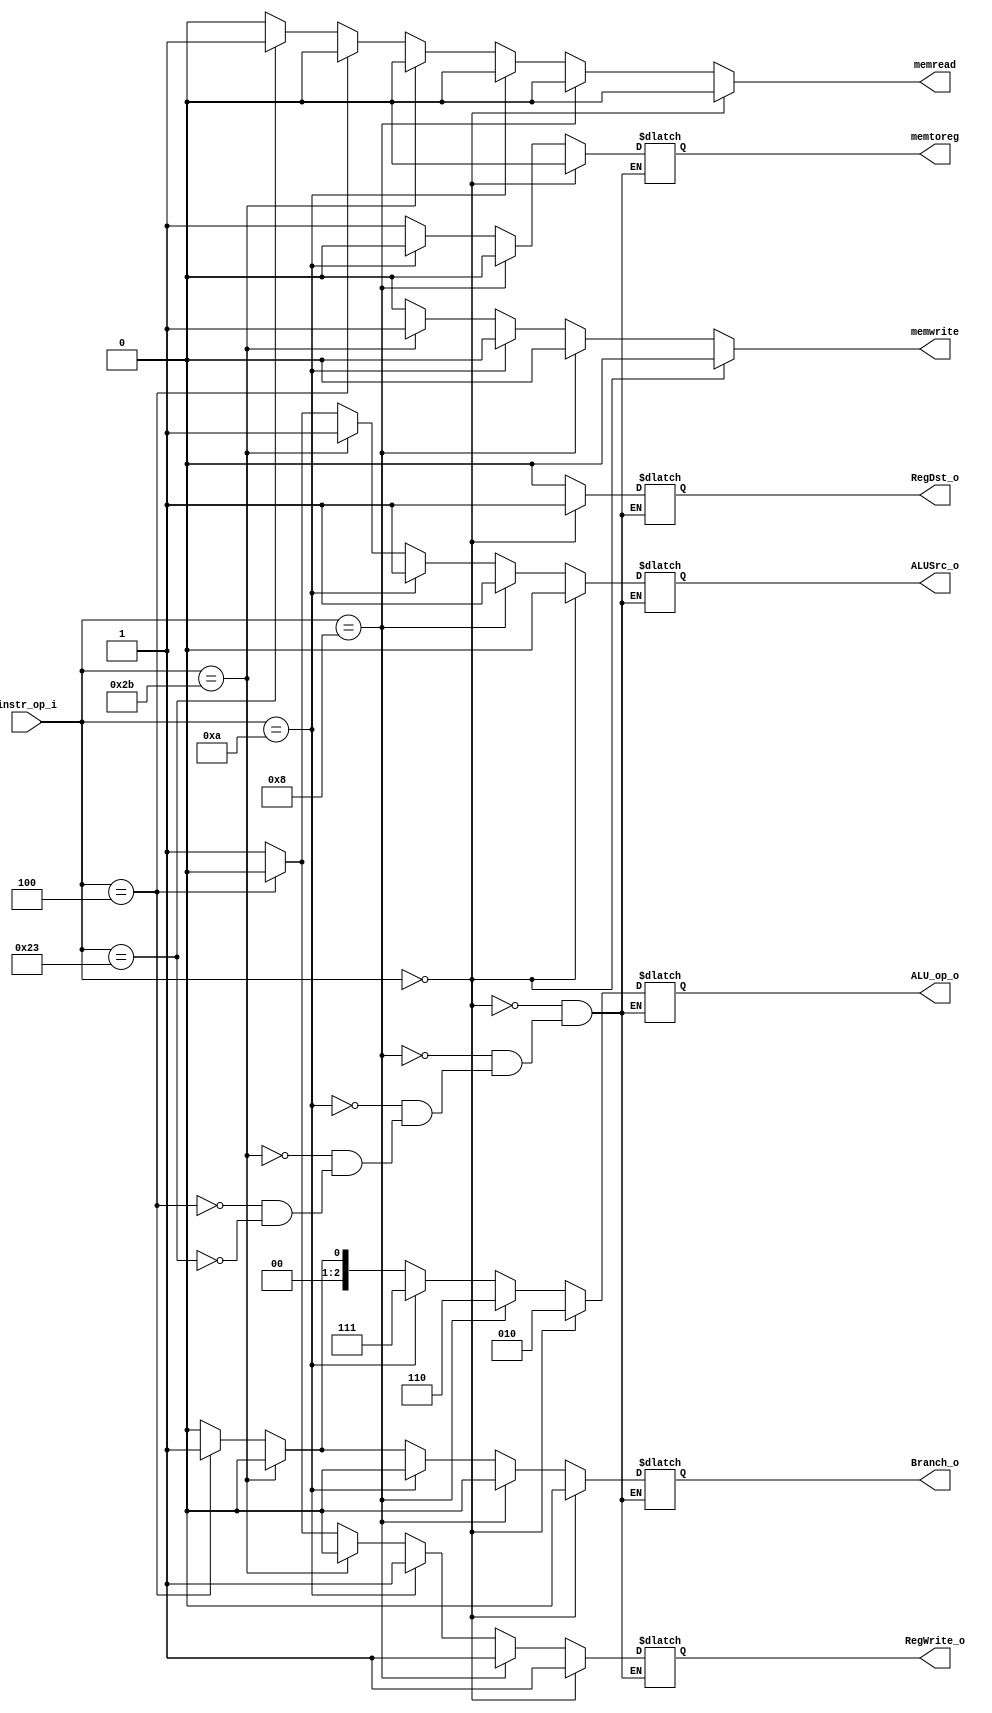
//Subject:     CO project 2 - Decoder
//--------------------------------------------------------------------------------
//Version:     1
//--------------------------------------------------------------------------------
//Writer:      Luke
//----------------------------------------------
//----------------------------------------------
//Description: 
//------------------------------------6--------------------------------------------

module Decoder(
   instr_op_i,
	RegWrite_o,
	ALU_op_o,
	ALUSrc_o,
	RegDst_o,
	Branch_o,
	memtoreg,
 	memread,
 	memwrite,	
	);//jump_o,
 	//branchtype_o,
     
//I/O ports
input  [6-1:0] instr_op_i;

output reg        RegWrite_o;
output reg [3-1:0] ALU_op_o;
output reg        ALUSrc_o;
output reg        RegDst_o;
output reg        Branch_o;
output reg			memtoreg;
output reg			memread;
output reg			memwrite;
//Internal Signals
reg flush;
reg jump_o;
reg [2-1:0] branchtype_o;
//Parameter


//Main function
always@(*)begin
	if(instr_op_i==6'b000000)begin//rformat
		memwrite <=1'b0;
		RegDst_o<=1'b1;
		ALUSrc_o<=1'b0;
		memtoreg<=1'd0;
		memread <=1'b0;
		RegWrite_o <=1'b1;
		jump_o <=1'b0;
		Branch_o<=1'b0;
		branchtype_o<=2'd0;
		ALU_op_o<=3'b010;
		flush<=1'b0;
	end
	else if(instr_op_i==6'b001000)begin//addi
		memwrite <=1'b0;
		memread <=1'b0;
		Branch_o <=1'b0;
		RegDst_o <=1'b0;
		ALUSrc_o <=1'b1;
		memtoreg <=1'd0;
		RegWrite_o <=1'b1;
		jump_o <=1'b0;
		branchtype_o <=2'd0;
		ALU_op_o <=3'b110;
		flush <=1'b0;
	end
	else if(instr_op_i==6'b001010)begin//slti
		memwrite <= 1'b0;
		memread <= 1'b0;
		RegWrite_o <= 1'b1;
		ALUSrc_o <= 1'b1;
		jump_o <= 1'b0;
		Branch_o <= 1'b0;
		RegDst_o <= 1'b0;
		memtoreg <= 1'd0;
		branchtype_o <= 2'd0;
		ALU_op_o <= 3'b111;
		flush <= 1'b0;
	end
	else if(instr_op_i==6'b101011)begin//sw
		memwrite<=1'b1;
		jump_o<=1'b0;
		memread<=1'b0;
		RegWrite_o<=1'b0;
		Branch_o<=1'b0;
		RegDst_o<=1'b0;
		ALUSrc_o<=1'b1;
		memtoreg<=1'd1;
		ALU_op_o<=3'b000;
		branchtype_o<=2'd0;
		flush<=1'b0;
	end
	else if(instr_op_i==6'b000100)begin//beq
		memwrite <=1'b0;
		memread <=1'b0;
		RegWrite_o <=1'b0;
		jump_o <=1'b0;
		Branch_o <=1'b1;
		ALUSrc_o <=1'b0;
		memtoreg <=1'd1;
		branchtype_o <=2'd0;
		ALU_op_o <=3'b001;
		RegDst_o <=1'b0;
		flush <=1'b1;
	end
	else if(instr_op_i==6'b100011)begin//lw
		memwrite<=1'b0;
		memread<=1'b1;
		RegWrite_o<=1'b1;
		flush<=1'b0;
		jump_o<=1'b0;
		ALUSrc_o<=1'b1;
		memtoreg<=1'd1;
		branchtype_o<=2'd0;
		ALU_op_o<=3'b000;
		Branch_o<=1'b0;
		RegDst_o<=1'b0;
	end
	else begin
		memwrite<=1'b0;
		memread<=1'b0;
	end
	
end

endmodule